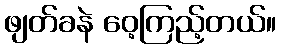
ဖျတ်ခနဲ ဝေ့ကြည့်တယ်။